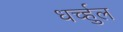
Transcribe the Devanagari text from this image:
धर्च्हुल